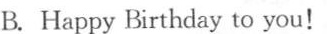
B. Happy Birthday to you!